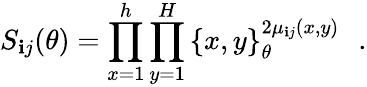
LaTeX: S_{\mathbf{i}j}(\theta)=\prod_{x=1}^{h}\prod_{y=1}^{H}\left\{ x,y\right\} _{\theta}^{2\mu_{\mathbf{i}j}(x,y)}\, \, \, \, .